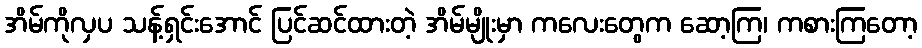
အိမ်ကိုလှပ သန့်ရှင်းအောင် ပြင်ဆင်ထားတဲ့ အိမ်မျိုးမှာ ကလေးတွေက ဆော့ကြ၊ ကစားကြတော့